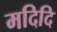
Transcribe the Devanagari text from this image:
मदिदि